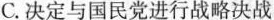
C.决定与国民党进行战略决战